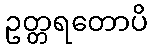
ဥတ္တရတောပိ